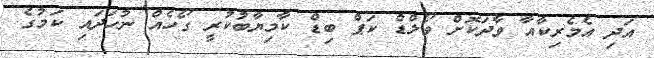
އަދި އެމެރިކާއާ ވާދަކޮށް ވޯލްޑް ކަޕް ބިޑް ކާމިޔާބުކުރީ ގޯހެއް ނުހަދައި ކަމުގެ